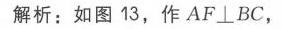
解析：如图 13，作 \(AF\perp BC\)，